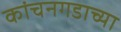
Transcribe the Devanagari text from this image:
कांचनगडाच्या